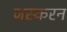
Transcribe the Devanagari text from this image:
जस्करन